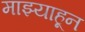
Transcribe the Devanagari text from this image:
माझ्याहून